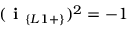
( \textbf { i } _ { \{ L 1 + \} } ) ^ { 2 } = - 1